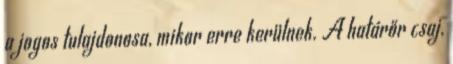
a jogos tulajdonosa, mikor erre kerülnek. A határőr csaj,